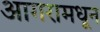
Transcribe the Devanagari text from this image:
आगरामधून